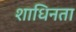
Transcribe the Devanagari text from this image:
शाधिनता